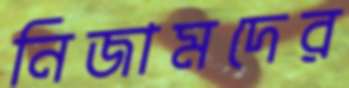
নিজামদের